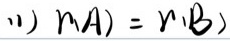
(1) \(r(A)=r(B)\)